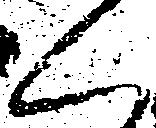
く